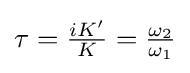
{\textstyle \tau ={\frac {iK'}{K}}={\frac {\omega _{2}}{\omega _{1}}}}